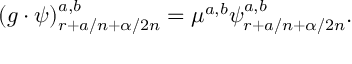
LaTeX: ( g \cdot \psi ) _ { r + a / n + \alpha / 2 n } ^ { a , b } = \mu ^ { a , b } \psi _ { r + a / n + \alpha / 2 n } ^ { a , b } .